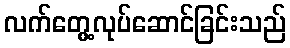
လက်တွေ့လုပ်ဆောင်ခြင်းသည်